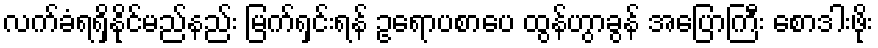
လက်ခံရရှိနိုင်မည်နည်း မြက်ရှင်းရန် ဥရောပစာပေ ထွန်ဟွာခွန် အပြောကြီး စောဒါးဖိုး